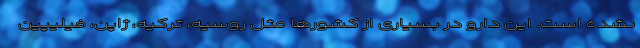
نشده است. این دارو در بسیاری از کشورها مثل روسیه، ترکیه، ژاپن، فیلیپین